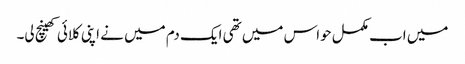
میں اب مکمل حواس میں تھی ایک دم میں نے اپنی کلائی کھینچ لی۔